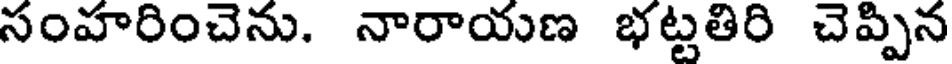
సంహరించెను. నారాయణ భట్టతిరి చెప్పిన